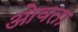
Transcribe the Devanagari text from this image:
ओवता